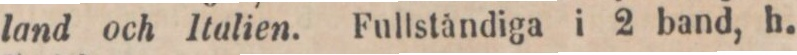
land och Italien. Fullståndiga i 2 band, h.